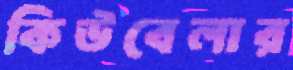
কিউবেলার